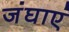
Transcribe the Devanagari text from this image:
जंघाएं